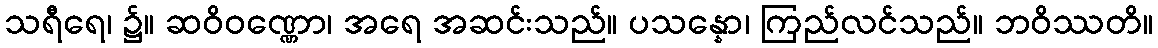
သရီရေ၊ ၌။ ဆဝိဝဏ္ဏော၊ အရေ အဆင်းသည်။ ပသန္နော၊ ကြည်လင်သည်။ ဘဝိဿတိ။